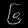
Digit: ၆